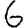
Digit: 6